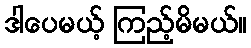
ဒါပေမယ့် ကြည့်မိမယ်။